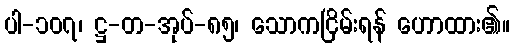
ပါ-၁၀၇၊ ဋ္ဌ-တ-အုပ်-၈၅၊ သောကငြိမ်းရန် ဟောထား၏။